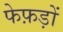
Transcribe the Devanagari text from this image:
फेफ़ड़ों